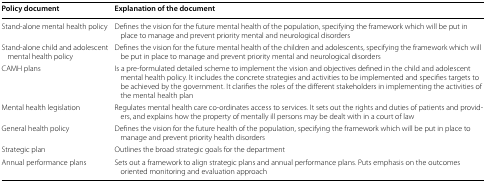
<table><thead><tr><td><b>Policy document</b></td><td><b>Explanation of the document</b></td></tr></thead><tbody><tr><td>Stand-alone mental health policy</td><td>Defines the vision for the future mental health of the population, specifying the framework which will be put in place to manage and prevent priority mental and neurological disorders</td></tr><tr><td>Stand-alone child and adolescent mental health policy</td><td>Defines the vision for the future mental health of the children and adolescents, specifying the framework which will be put in place to manage and prevent priority mental and neurological disorders</td></tr><tr><td>CAMH plans</td><td>Is a pre-formulated detailed scheme to implement the vision and objectives defined in the child and adolescent mental health policy. It includes the concrete strategies and activities to be implemented and specifies targets to be achieved by the government. It clarifies the roles of the different stakeholders in implementing the activities of the mental health plan</td></tr><tr><td>Mental health legislation</td><td>Regulates mental health care co-ordinates access to services. It sets out the rights and duties of patients and providers, and explains how the property of mentally ill persons may be dealt with in a court of law</td></tr><tr><td>General health policy</td><td>Defines the vision for the future health of the population, specifying the framework which will be put in place to manage and prevent priority health disorders</td></tr><tr><td>Strategic plan</td><td>Outlines the broad strategic goals for the department</td></tr><tr><td>Annual performance plans</td><td>Sets out a framework to align strategic plans and annual performance plans. Puts emphasis on the outcomes oriented monitoring and evaluation approach</td></tr></tbody></table>